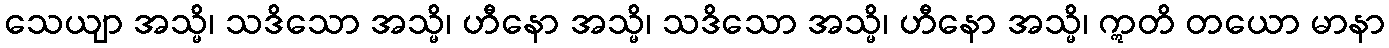
သေယျာ အသ္မိ၊ သဒိသော အသ္မိ၊ ဟီနော အသ္မိ၊ သဒိသော အသ္မိ၊ ဟီနော အသ္မိ၊ ဣတိ တယော မာနာ